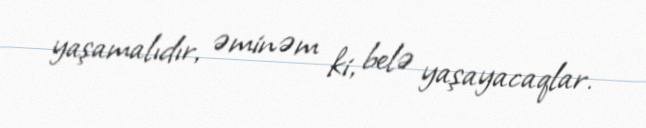
yaşamalıdır, əminəm ki, belə yaşayacaqlar.